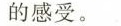
的感受。